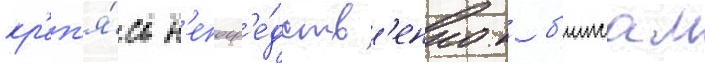
кр'еп'я́сь н'епоср'е́дств'енно к б'имсам